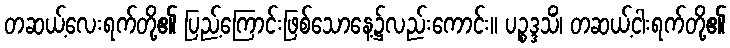
တဆယ့်လေးရက်တို့၏ ပြည့်ကြောင်းဖြစ်သောနေ့၌လည်းကောင်း။ ပဉ္စဒ္ဒသိံ၊ တဆယ့်ငါးရက်တို့၏